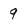
Character: 9